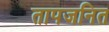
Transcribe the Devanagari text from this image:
तापजनित